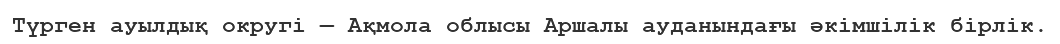
Түрген ауылдық округі — Ақмола облысы Аршалы ауданындағы әкімшілік бірлік.